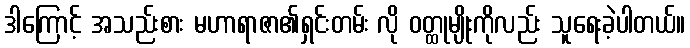
ဒါကြောင့် အသည်းစား မဟာရာဇာ၏ရှင်းတမ်း လို ဝတ္ထုမျိုးကိုလည်း သူရေးခဲ့ပါတယ်။